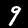
Digit: 9